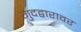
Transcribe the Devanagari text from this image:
गुदद्वारावर